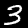
Label: 3